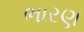
ભારણ